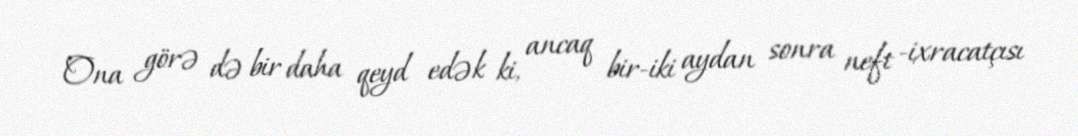
Ona görə də bir daha qeyd edək ki, ancaq bir-iki aydan sonra neft -ixracatçısı